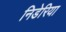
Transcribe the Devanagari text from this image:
निडेरिया